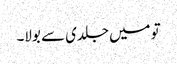
تو میں جلدی سے بولا۔